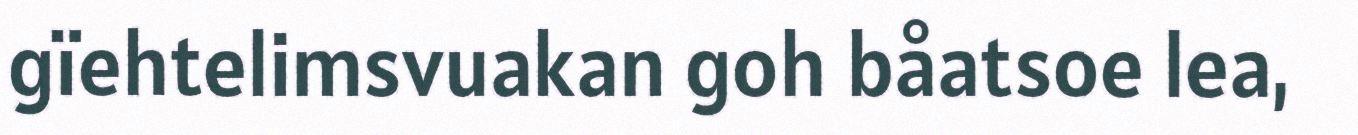
gïehtelimsvuakan goh båatsoe lea,